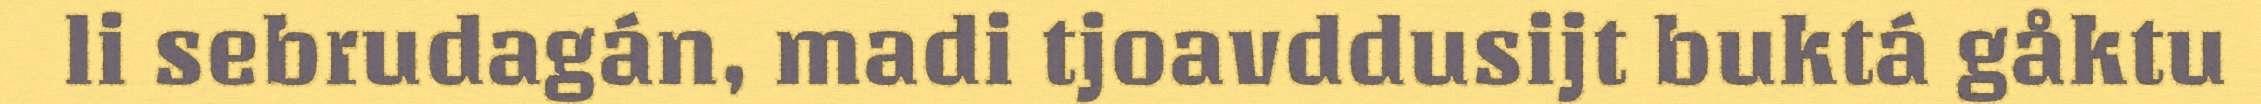
li sebrudagán, madi tjoavddusijt buktá gåktu